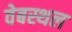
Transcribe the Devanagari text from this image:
वेबस्थल